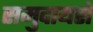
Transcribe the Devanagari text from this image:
समुदायसे